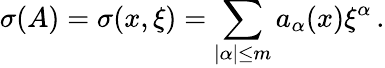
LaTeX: \sigma(A)=\sigma(x,\xi)=\sum_{|\alpha|\leq m}a_{\alpha}(x){\xi}^{\alpha}\, .